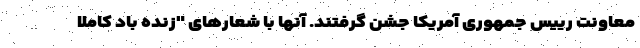
معاونت رییس جمهوری آمریکا جشن گرفتند. آنها با شعارهای "زنده باد کاملا